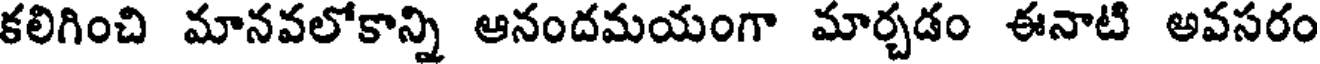
కలిగించి మానవలోకాన్ని ఆనందమయంగా మార్చడం ఈనాటి అవసరం